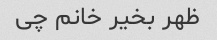
ظهر بخیر خانم چی